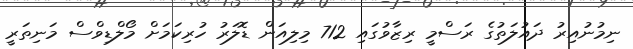
ނިމުނުއިރު ދައުލަތުގެ ރަސްމީ ރިޒާވުގައި 712 މިލިއަން ޑޮލަރު ހުރިކަމަށް މޯލްޑިވްސް މަނިތަރީ